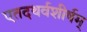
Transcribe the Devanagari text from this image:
एतदथर्वशीर्षम्‌